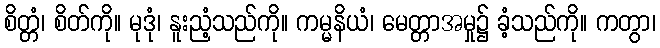
စိတ္တံ၊ စိတ်ကို။ မုဒုံ၊ နူးညံ့သည်ကို။ ကမ္မနိယံ၊ မေတ္တာအမှု၌ ခံ့သည်ကို။ ကတွာ၊